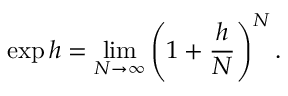
\exp h = \operatorname* { l i m } _ { N \to \infty } \left( 1 + { \frac { h } { N } } \right) ^ { N } .